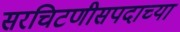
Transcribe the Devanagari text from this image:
सरचिटणीसपदाच्या